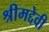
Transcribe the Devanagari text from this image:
श्रीमद्देवी